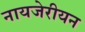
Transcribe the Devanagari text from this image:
नायजेरीयन